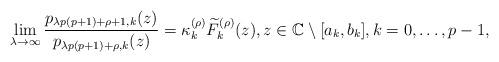
LaTeX: \begin{align*}\lim_{\lambda \to \infty}\frac{p_{\lambda p(p+1)+\rho+1,k}(z)}{p_{\lambda p(p+1)+\rho,k}(z)}=\kappa_k^{(\rho)}\widetilde{F}_{k}^{(\rho)}(z),z\in\mathbb{C}\setminus[a_{k},b_{k}], k=0,\ldots,p-1,\end{align*}